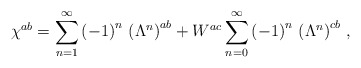
\begin{align*}\chi^{ab}=\sum_{n=1}^\infty\left(-1\right)^n\,\left(\Lambda^n\right)^{ab}+W^{ac}\sum_{n=0}^\infty\left(-1\right)^n\,\left(\Lambda^n\right)^{cb}\,,\end{align*}